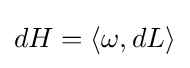
dH=\langle \omega ,dL\rangle